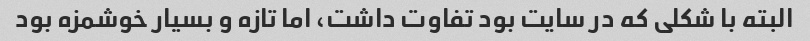
البته با شکلی که در سایت بود تفاوت داشت، اما تازه و بسیار خوشمزه بود